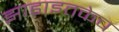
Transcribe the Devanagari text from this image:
झाडाइतकेच